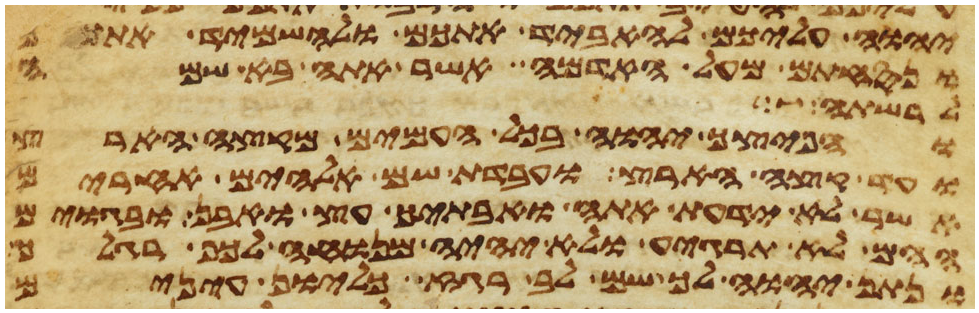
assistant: יהוה עליכם להאביד אתכם ולהשמיד אתכם
ונסחתם מעל האדמה אשר אתה בא שמה
לרשתה
והפיצך יהוה בכל העמים מקצה הארץ
ועד קצה הארץ ועבדת שם אלהים אחרים
אשר לא ידעת אתה ואבתיך עץ ואבן ובגוים
ההם לא תרגיע ולא יהיה מנוח לכף רגלך
ונתן יהוה לך שם לב רגז כליון עינים